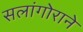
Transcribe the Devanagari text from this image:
सलांगोराने